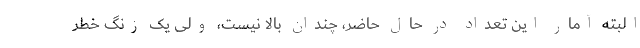
البته آمار این تعداد در حال حاضر، چندان بالا نیست، ولی یک زنگ خطر